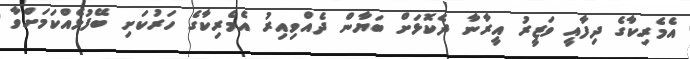
އެމެރިކާގެ ދިފާއީ ވަޒީރު އީރާނާ ދެކޮޅަށް ބަޔާން ދެއްވިއިރު އެމެރިކާގެ ހަރުކަށި ބޭފުޅެއްކަމަށްވާ